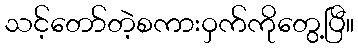
သင့်တော်တဲ့စကားဝှက်ကိုတွေ့ပြီ။